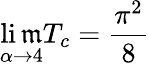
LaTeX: \operatorname*{li\mathfrak{m}}_{\alpha\to4}T_{c}=\frac{{\pi^{2}}}{{8}}